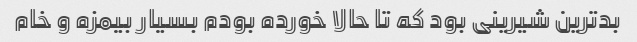
بدترین شیرینی بود که تا حالا خورده بودم بسیار بیمزه و خام